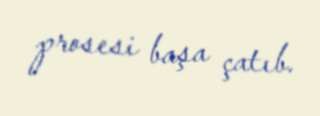
prosesi başa çatıb.